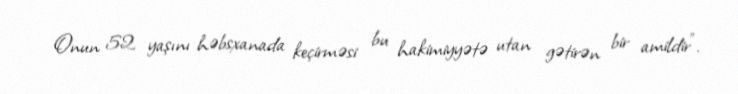
Onun 52 yaşını həbsxanada keçirməsi bu hakimiyyətə utan gətirən bir amildir”.